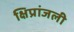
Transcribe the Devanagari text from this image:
क्षिप्रांजली